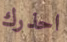
احذرك